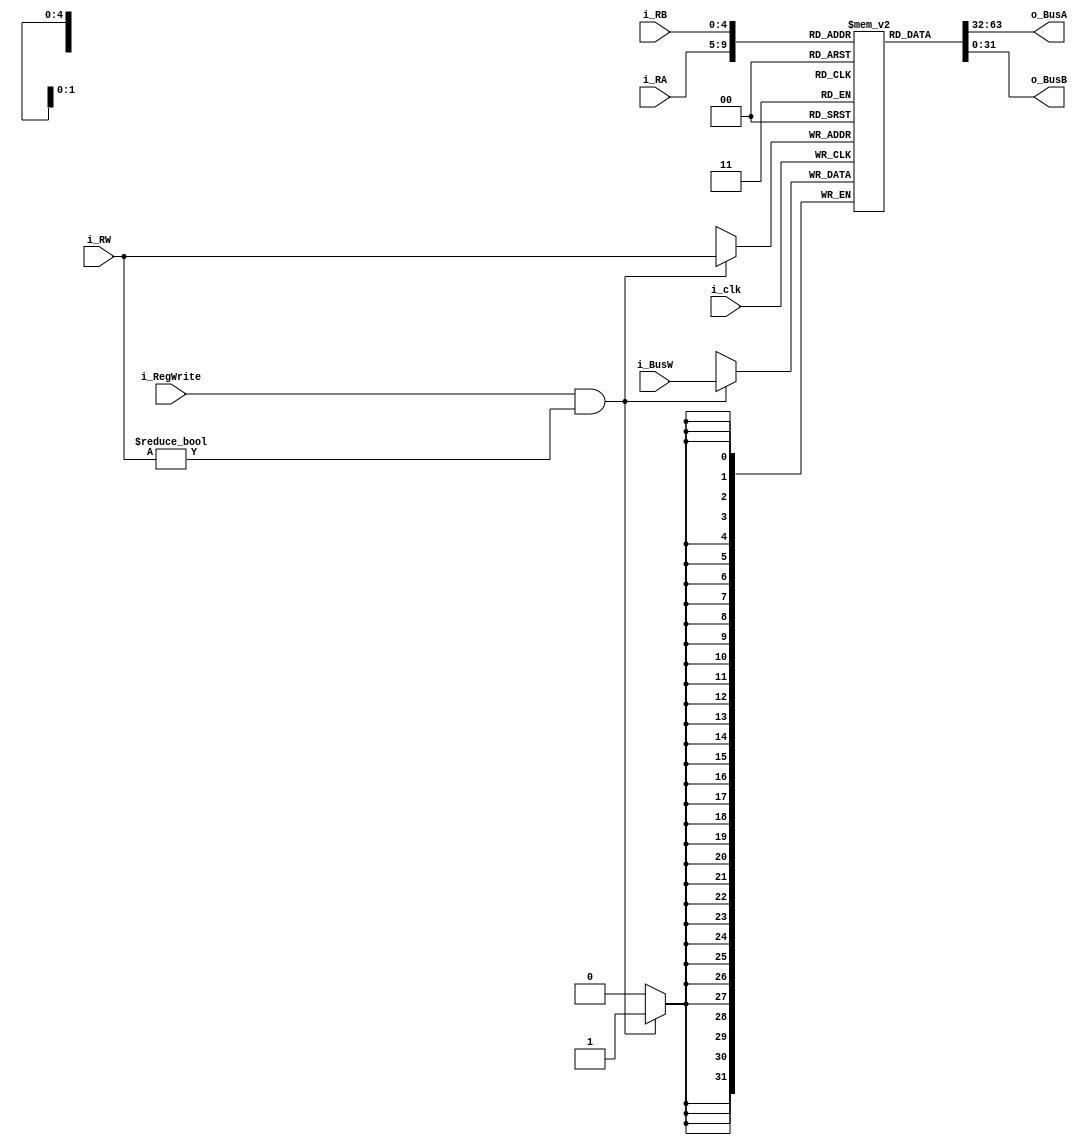
module regFile(i_clk, 
               i_RA, 
               i_RB, 
               i_RW, 
               i_BusW, 
               i_RegWrite,
               o_BusA,
               o_BusB 
               );
               
input           i_clk, i_RegWrite;
input   [4:0]   i_RA, i_RB, i_RW;
input   [31:0]  i_BusW;           
output  [31:0]  o_BusA, o_BusB;
integer i;

reg [31:0] register [31:0];

initial begin
    for(i = 0; i < 32; i = i + 1)begin
        register [i] = 0;
    end
end

always @(posedge i_clk) begin
	if(i_RegWrite && i_RW != 0) begin
		register [i_RW] <= i_BusW;
	end
end

assign o_BusA = register[i_RA];
assign o_BusB = register[i_RB];


endmodule